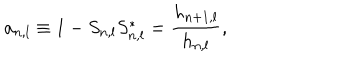
a _ { n , l } \equiv 1 - S _ { n , l } S _ { n , l } ^ { * } = \frac { h _ { n + 1 , l } } { h _ { n , l } } ,